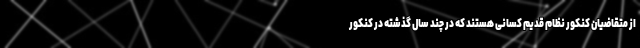
از متقاضیان کنکور نظام قدیم کسانی هستند که در چند سال گذشته در کنکور